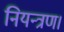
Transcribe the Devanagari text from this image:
नियन्त्रण।